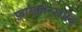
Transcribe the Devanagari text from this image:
फ़ास्फ़ोरसप्रद